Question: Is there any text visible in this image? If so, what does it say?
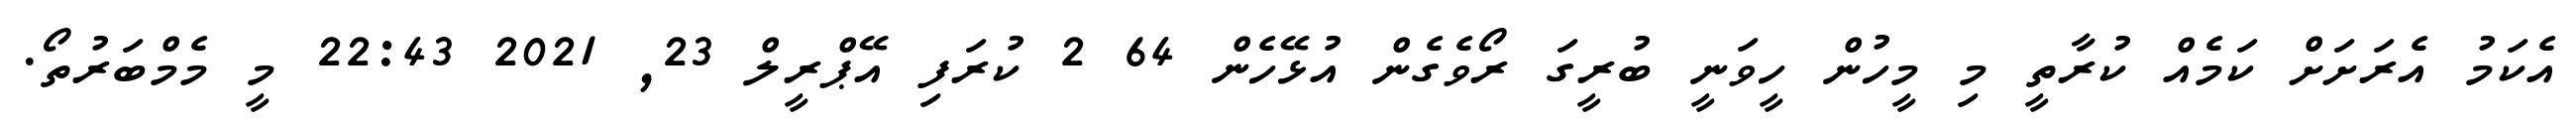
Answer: އެކަމު އެރަށަށް ކަމެއް ކުރާތީ މި މީހުން ހީވަނީ ބުރީގަ ރޯވެގެން އުޅޭހެން 64 2 ކުރަފި އޭޕްރީލް 23, 2021 22:43 މީ މެމްބަރުތޯ.